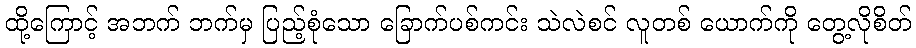
ထို့ကြောင့် အဘက် ဘက်မှ ပြည့်စုံသော ခြောက်ပစ်ကင်း သဲလဲစင် လူတစ် ယောက်ကို တွေ့လိုစိတ်